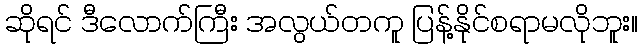
ဆိုရင် ဒီလောက်ကြီး အလွယ်တကူ ပြန့်နိုင်စရာမလိုဘူး။